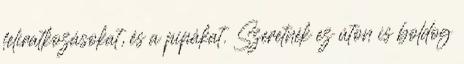
feliratkozásokat, és a pipákat. Szeretnék ez úton is boldog